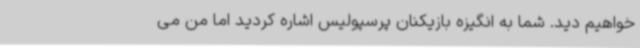
خواهیم دید. شما به انگیزه بازیکنان پرسپولیس اشاره کردید اما من می